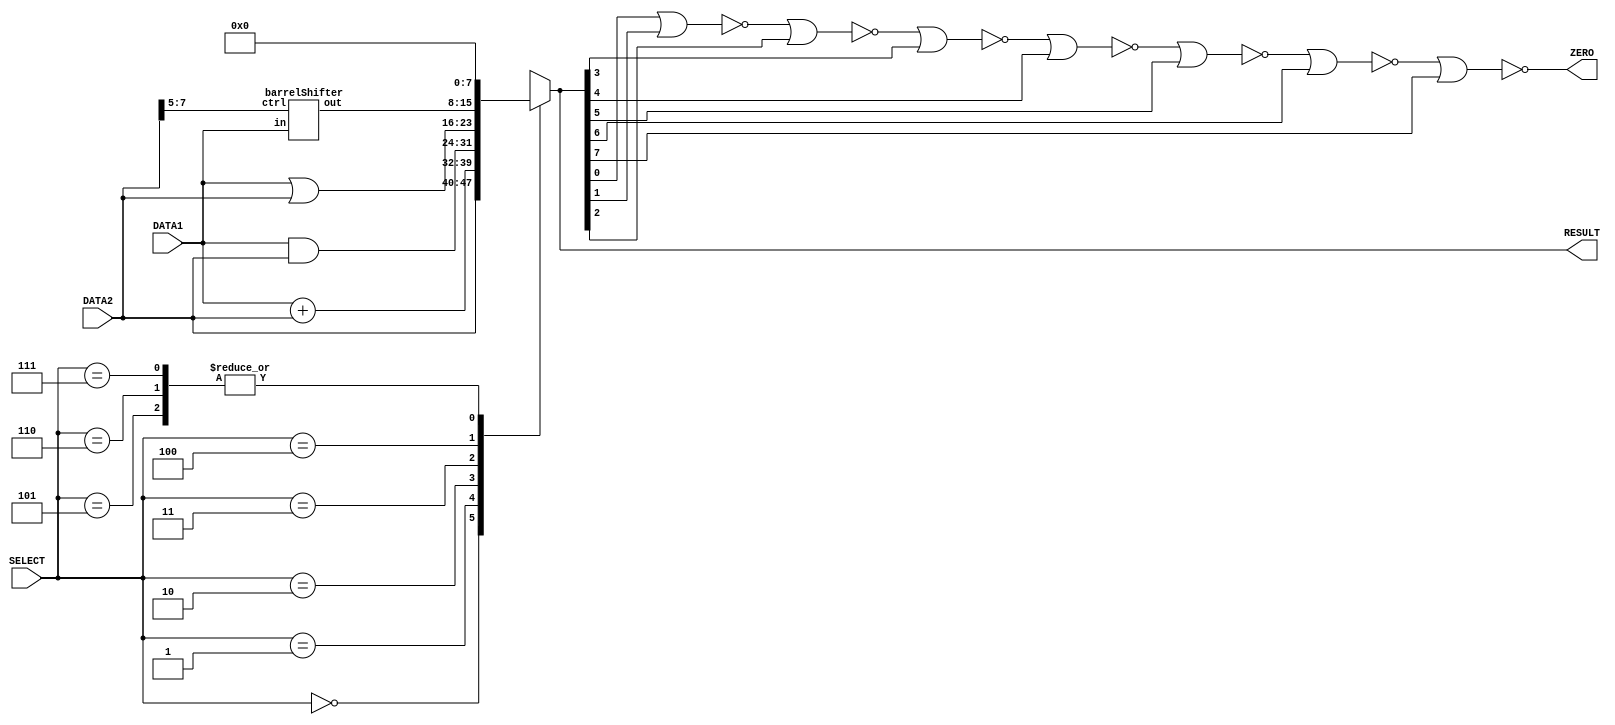
module alu(DATA1, DATA2, RESULT, SELECT,ZERO);
 //initializing the inputs and outputs
  input [7:0] DATA1;
  input [7:0] DATA2;
  input [2:0] SELECT;
  output [7:0] RESULT;
  output ZERO;
  reg [7:0] RESULT;
  reg ZERO; 
  wire [7:0] RshiftResult;
barrelShifter myRightLogicalShifter(.in(DATA1),.ctrl(DATA2[7:5]),.out(RshiftResult));
 //creating the always block which runs whenever a input is changed
 always @(DATA1,DATA2,SELECT)
 begin
 //selecting based on the SELECT input using s switch case
 case(SELECT)
 3'b000:
 #1 RESULT = DATA2; //Forward function
 3'b001:
 #2 RESULT = DATA1 + DATA2; //Add and Sub function
 3'b010:
 #1 RESULT = DATA1 & DATA2; //AND and Sub function
 3'b011:
 #1 RESULT = DATA1 | DATA2; //OR and Sub function
 //setting 1XX selection inputs.As there are reserved for future references it doesnt matter
 //for the time being the output was set to 0 when the select is 1XX 
 3'b100:
 RESULT = RshiftResult; 
 3'b101:
 RESULT = 8'b00000000; 
 3'b110:
 RESULT = 8'b00000000; 
 3'b111:
 RESULT = 8'b00000000; 
 endcase 
 end
 // creating the ZERO bit using the alu result
 //modified part
 always@(RESULT)
 begin
 ZERO = RESULT[0]~|RESULT[1]~|RESULT[2]~|RESULT[3]~|RESULT[4]~|RESULT[5]~|RESULT[6]~|RESULT[7];
 end
endmodule

module barrelShifter(in, ctrl, out);
  input  [7:0] in;
  input [2:0] ctrl;
  output [7:0] out;
  wire [7:0] x,y;

//4bit shift right
mux2X1  ins_17 (.in0(in[7]),.in1(1'b0),.sel(ctrl[2]),.out(x[7]));
mux2X1  ins_16 (.in0(in[6]),.in1(1'b0),.sel(ctrl[2]),.out(x[6]));
mux2X1  ins_15 (.in0(in[5]),.in1(1'b0),.sel(ctrl[2]),.out(x[5]));
mux2X1  ins_14 (.in0(in[4]),.in1(1'b0),.sel(ctrl[2]),.out(x[4]));
mux2X1  ins_13 (.in0(in[3]),.in1(in[7]),.sel(ctrl[2]),.out(x[3]));
mux2X1  ins_12 (.in0(in[2]),.in1(in[6]),.sel(ctrl[2]),.out(x[2]));
mux2X1  ins_11 (.in0(in[1]),.in1(in[5]),.sel(ctrl[2]),.out(x[1]));
mux2X1  ins_10 (.in0(in[0]),.in1(in[4]),.sel(ctrl[2]),.out(x[0]));

//2 bit shift right

mux2X1  ins_27 (.in0(x[7]),.in1(1'b0),.sel(ctrl[1]),.out(y[7]));
mux2X1  ins_26 (.in0(x[6]),.in1(1'b0),.sel(ctrl[1]),.out(y[6]));
mux2X1  ins_25 (.in0(x[5]),.in1(x[7]),.sel(ctrl[1]),.out(y[5]));
mux2X1  ins_24 (.in0(x[4]),.in1(x[6]),.sel(ctrl[1]),.out(y[4]));
mux2X1  ins_23 (.in0(x[3]),.in1(x[5]),.sel(ctrl[1]),.out(y[3]));
mux2X1  ins_22 (.in0(x[2]),.in1(x[4]),.sel(ctrl[1]),.out(y[2]));
mux2X1  ins_21 (.in0(x[1]),.in1(x[3]),.sel(ctrl[1]),.out(y[1]));
mux2X1  ins_20 (.in0(x[0]),.in1(x[2]),.sel(ctrl[1]),.out(y[0]));

//1 bit shift right
mux2X1  ins_07 (.in0(y[7]),.in1(1'b0),.sel(ctrl[0]),.out(out[7]));
mux2X1  ins_06 (.in0(y[6]),.in1(y[7]),.sel(ctrl[0]),.out(out[6]));
mux2X1  ins_05 (.in0(y[5]),.in1(y[6]),.sel(ctrl[0]),.out(out[5]));
mux2X1  ins_04 (.in0(y[4]),.in1(y[5]),.sel(ctrl[0]),.out(out[4]));
mux2X1  ins_03 (.in0(y[3]),.in1(y[4]),.sel(ctrl[0]),.out(out[3]));
mux2X1  ins_02 (.in0(y[2]),.in1(y[3]),.sel(ctrl[0]),.out(out[2]));
mux2X1  ins_01 (.in0(y[1]),.in1(y[2]),.sel(ctrl[0]),.out(out[1]));
mux2X1  ins_00 (.in0(y[0]),.in1(y[1]),.sel(ctrl[0]),.out(out[0]));

endmodule

module mux2X1( in0,in1,sel,out);
input in0,in1;
input sel;
output out;
assign out=(sel)?in1:in0;
endmodule